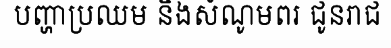
បញ្ហាប្រឈម និងសំណូមពរ ជូនរាជ